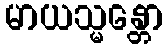
မာယသ္မန္တော